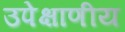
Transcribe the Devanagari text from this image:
उपेक्षाणीय